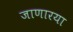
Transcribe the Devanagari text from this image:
जाणारया